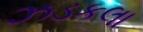
ઝડકલા